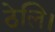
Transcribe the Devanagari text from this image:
ठेलि।